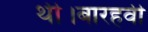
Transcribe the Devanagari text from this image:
थी।बारहवी